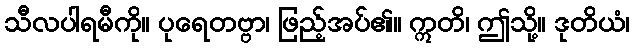
သီလပါရမီကို။ ပုရေတဗ္ဗာ၊ ဖြည့်အပ်၏။ ဣတိ၊ ဤသို့။ ဒုတိယံ၊